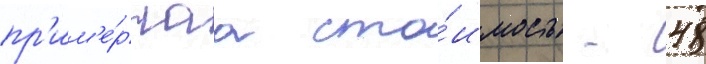
пр'им'е́рнаа сто́имость - 48